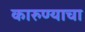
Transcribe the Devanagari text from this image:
कारुण्याचा